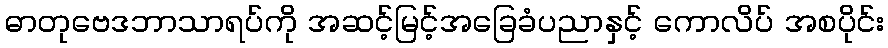
ဓာတုဗေဒဘာသာရပ်ကို အဆင့်မြင့်အခြေခံပညာနှင့် ကောလိပ် အစပိုင်း